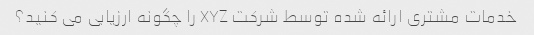
خدمات مشتری ارائه شده توسط شرکت XYZ را چگونه ارزیابی می کنید؟